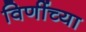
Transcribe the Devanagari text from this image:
विणींच्या